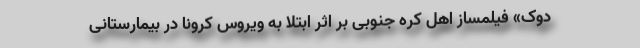
دوک» فیلمساز اهل کره جنوبی بر اثر ابتلا به ویروس کرونا در بیمارستانی